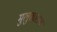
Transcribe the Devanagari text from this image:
मुलुखातच